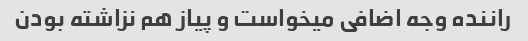
راننده وجه اضافی میخواست و پیاز هم نزاشته بودن